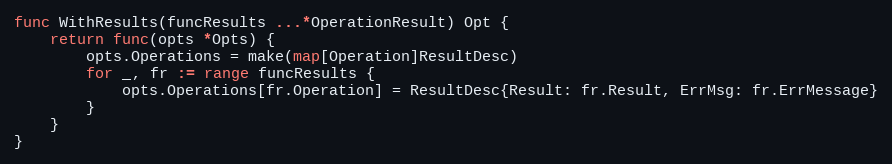
Language: Go
func WithResults(funcResults ...*OperationResult) Opt {
	return func(opts *Opts) {
		opts.Operations = make(map[Operation]ResultDesc)
		for _, fr := range funcResults {
			opts.Operations[fr.Operation] = ResultDesc{Result: fr.Result, ErrMsg: fr.ErrMessage}
		}
	}
}